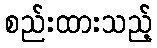
စည်းထားသည့်